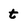
Character: t